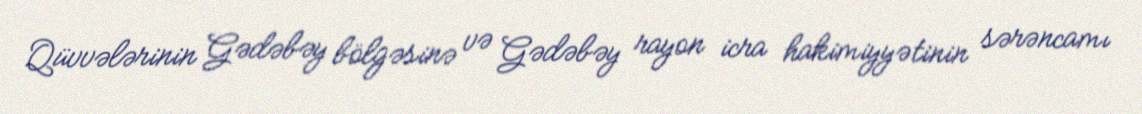
Qüvvələrinin Gədəbəy bölgəsinə və Gədəbəy rayon icra hakimiyyətinin sərəncamı